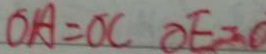
A O = O C O E = O